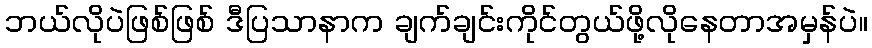
ဘယ်လိုပဲဖြစ်ဖြစ် ဒီပြသာနာက ချက်ချင်းကိုင်တွယ်ဖို့လိုနေတာအမှန်ပဲ။